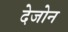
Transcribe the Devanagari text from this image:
देजोन